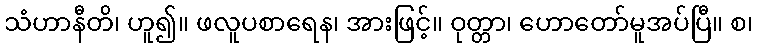
သံဟာနီတိ၊ ဟူ၍။ ဖလူပစာရေန၊ အားဖြင့်။ ဝုတ္တာ၊ ဟောတော်မူအပ်ပြီ။ စ၊